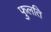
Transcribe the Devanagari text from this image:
फुलति